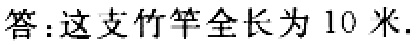
答：这支竹竿全长为 10 米.